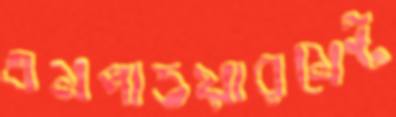
এমপাওয়ারমেন্ট